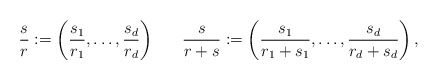
\begin{align*}\frac{s}{r} := \left( \frac{s_1}{r_1}, \ldots, \frac{s_d}{r_d} \right) ~~ ~~~\frac{s}{r+s} := \left( \frac{s_1}{r_1 + s_1}, \ldots, \frac{s_d}{r_d + s_d} \right),\end{align*}